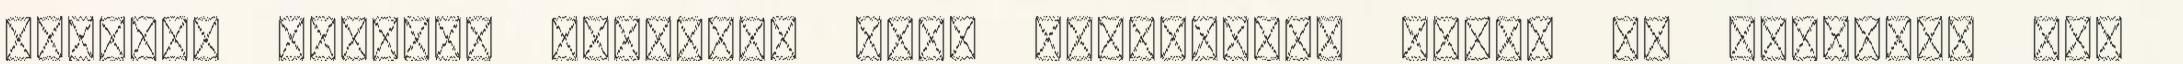
többire magasan szarnak, mert fejlesztés kéne. Az embernek így